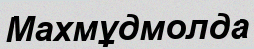
Махмұдмолда